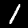
Label: 1